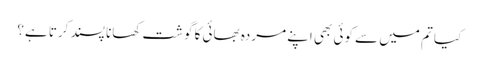
کیا تم میں سے کوئی بھی اپنے مردہ بھائی کا گوشت کھانا پسند کرتا ہے؟